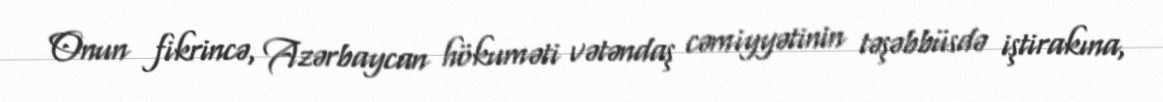
Onun fikrincə, Azərbaycan hökuməti vətəndaş cəmiyyətinin təşəbbüsdə iştirakına,